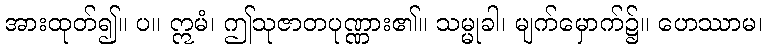
အားထုတ်၍။ ပ။ ဣမံ၊ ဤသုဇာတပုဏ္ဏား၏။ သမ္မုခါ၊ မျက်မှောက်၌။ ဟေဿာမ၊